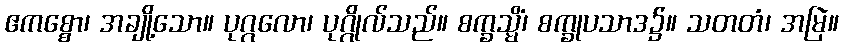
ဧကစ္စော၊ အချို့သော။ ပုဂ္ဂလော၊ ပုဂ္ဂိုလ်သည်။ စက္ခသ္မိံ၊ စက္ခုပသာဒ၌။ သတတံ၊ အမြဲ။